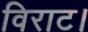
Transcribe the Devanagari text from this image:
विराट।